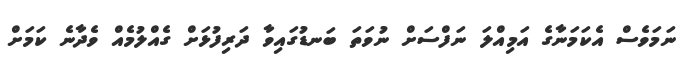
ނަމަވެސް އެކަމަނާގެ އަމިއްލަ ނަފްސަށް ނުވަތަ ބަނޑުގައިވާ ދަރިފުޅަށް ގެއްލުމެއް ވެދާނެ ކަމަށް